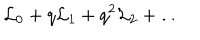
{ \cal L } _ { 0 } + q { \cal L } _ { 1 } + q ^ { 2 } { \cal L } _ { 2 } + \dots